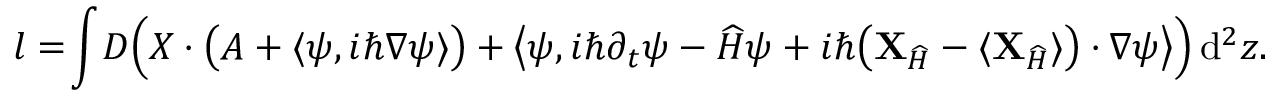
l = \! \int \! D \Big ( \boldsymbol { \cal X } \cdot \big ( \boldsymbol { \cal A } + \langle \psi , i \hbar \nabla \psi \rangle \big ) + \big \langle \psi , i \hbar \partial _ { t } \psi - { \widehat { H } } \psi + i \hbar \big ( { { \mathbf { X } } } _ { \widehat { H } } - \langle { { \mathbf { X } } } _ { \widehat { H } } \rangle \big ) \cdot \nabla \psi \big \rangle \Big ) \, \mathrm { d } ^ { 2 } z .